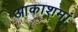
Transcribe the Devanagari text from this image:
आकाशमां